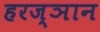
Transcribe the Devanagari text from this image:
हरज्ञान